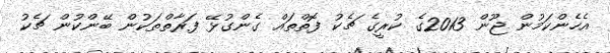
އެހެންކަމުން ޖޫން 2013ގެ ކުރީގެ ޗެކު ފޮތްތައް ގެންގުޅޭ ފަރާތްތަކުން ބޭންކުން ޗެކު